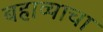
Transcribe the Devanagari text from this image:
बहाव्याचा